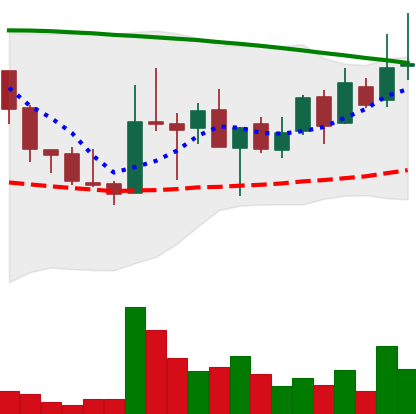
Ticker: LINK-USD
Chart end date: 2018-08-22
Forward return: 6.818%
Label: up_5_7